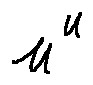
\mu ^ { u }